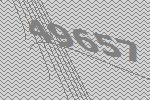
49657